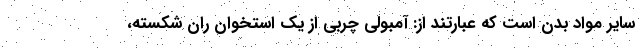
سایر مواد بدن است که عبارتند از: آمبولی چربی از یک استخوان ران شکسته،